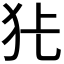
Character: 𭷺